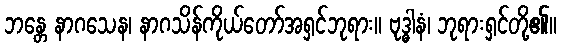
ဘန္တေ နာဂသေန၊ နာဂသိန်ကိုယ်တော်အရှင်ဘုရား။ ဗုဒ္ဓါနံ၊ ဘုရားရှင်တို့၏။